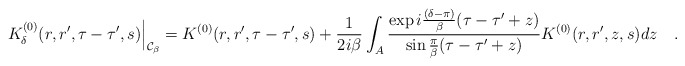
\begin{align*}\left. K^{(0)}_{\delta}(r,r',\tau-\tau',s)\right|_{{\cal C}_\beta}=K^{(0)}(r,r',\tau-\tau',s)+{1 \over 2i\beta}\int_{A}{\exp i{(\delta-\pi) \over \beta}(\tau-\tau'+z) \over \sin{\pi \over \beta}(\tau-\tau'+z)} K^{(0)}(r,r',z,s)dz~~~.\end{align*}